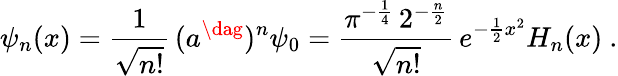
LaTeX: \psi_{n}(x)=\frac 1{\sqrt{n!}}\, (a^{\dag})^{n}\psi_{0}=\frac{\pi^{-\frac{1}{4}}\, 2^{-\frac{n}{2}}}{\sqrt{n!}}\, e^{-\frac{1}{2}x^{2}}H_{n}(x)\ .